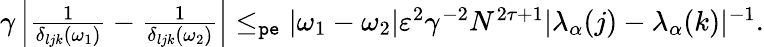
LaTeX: \begin{array}{r}{\gamma\left|\frac{1}{\delta_{ljk}(\omega_{1})}-\frac{1}{\delta_{ljk}(\omega_{2})}\right|\le_{\mathtt{pe}}|\omega_{1}-\omega_{2}|\varepsilon^{2}\gamma^{-2}N^{2\tau+1}|\lambda_{\alpha}(j)-\lambda_{\alpha}(k)|^{-1}.}\end{array}